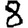
Digit: 8